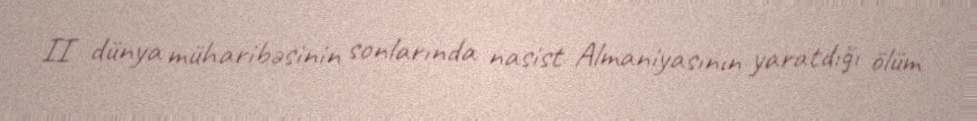
II dünya müharibəsinin sonlarında nasist Almaniyasının yaratdığı ölüm